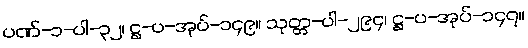
ပဏ်-၁-ပါ-၃၂၊ ဋ္ဌ-ပ-အုပ်-၁၄၉။ သုတ္တ-ပါ-၂၉၄၊ ဋ္ဌ-ပ-အုပ်-၁၄၇။